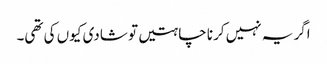
اگر یہ نہیں کرنا چاہتیں تو شادی کیوں کی تھی۔